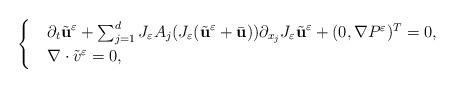
LaTeX: \begin{align*}\begin{cases}& \partial_{t} \tilde{\textbf{u}}^{\varepsilon} + \sum_{j=1}^{d} J_{\varepsilon}A_{j}(J_{\varepsilon}(\tilde{\textbf{u}}^{\varepsilon}+\bar{\textbf{u}}))\partial_{x_{j}}J_{\varepsilon}\tilde{\textbf{u}}^{\varepsilon} + (0, \nabla P^{\varepsilon})^{T}=0, \\& \nabla \cdot \tilde{v}^{\varepsilon}=0,\end{cases}\end{align*}